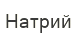
Натрий